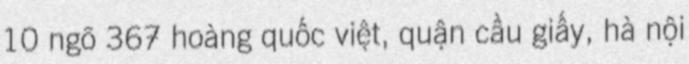
10 ngõ 367 hoàng quốc việt, quận cầu giấy, hà nội